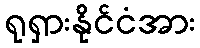
ရုရှားနိုင်ငံအား